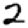
Digit: 2